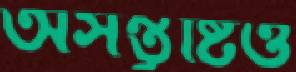
অসন্তুষ্টিও